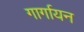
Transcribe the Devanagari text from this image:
गार्गायन